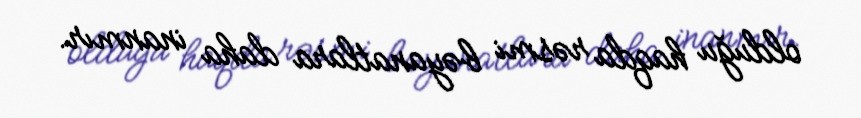
olduğu haqda rəsmi bəyanatlara daha inanmır.